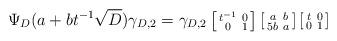
LaTeX: \begin{align*}\Psi_D(a+bt^{-1}\sqrt{D})\gamma_{D,2}=\gamma_{D,2}\left[\begin{smallmatrix} t^{-1} & 0 \\ 0 & 1 \end{smallmatrix} \right]\left[\begin{smallmatrix} a & b \\ 5b & a \end{smallmatrix} \right] \left[\begin{smallmatrix} t &0 \\ 0& 1 \end{smallmatrix} \right]\end{align*}